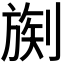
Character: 𪟒